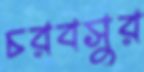
চরবসুর